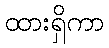
ထားရှိကာ